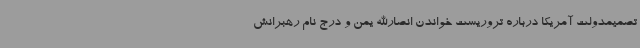
تصمیمدولت آمریکا درباره تروریست خواندن انصارالله یمن و درج نام رهبرانش